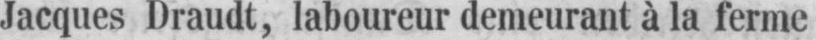
Jacques Draudt, laboureur demeurant àla ferme